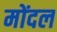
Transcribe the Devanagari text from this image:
मोंदल